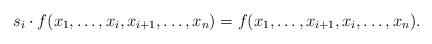
LaTeX: \begin{align*}s_i \cdot f(x_1, \ldots, x_i, x_{i+1}, \ldots, x_n) = f(x_1, \ldots, x_{i+1}, x_{i}, \ldots, x_n).\end{align*}